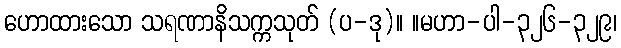
ဟောထားသော သရဏာနိသက္ကသုတ် (ပ-ဒု)။ ။မဟာ-ပါ-၃၂၆-၃၂၉၊